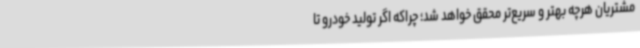
مشتریان هرچه بهتر و سریع‌تر محقق خواهد شد؛ چراکه اگر تولید خودرو تا